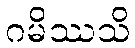
ဂမိဿသိ